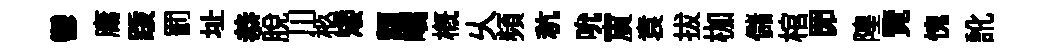
鬱庸䟦罰址恭脫川柩矮纇嶠槪乆頻秔吮賔袁拔枷儲棺𦊑隍覽愧訛